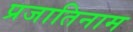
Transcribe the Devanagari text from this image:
प्रजातिनाम